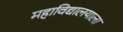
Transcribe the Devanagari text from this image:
महाविद्यालयाला